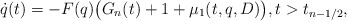
\begin{align*}\dot q(t)=-F(q)\big(G_n(t)+1+\mu_1(t,q,D)\big),t>t_{n-1/2},\end{align*}